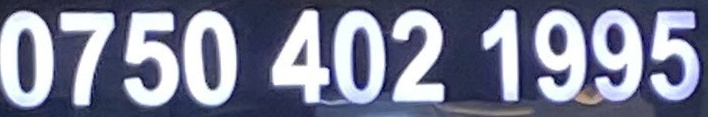
0750 402 1995